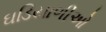
ઘડિયાળીઓ